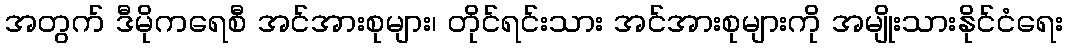
အတွက် ဒီမိုကရေစီ အင်အားစုများ၊ တိုင်ရင်းသား အင်အားစုများကို အမျိုးသားနိုင်ငံရေး